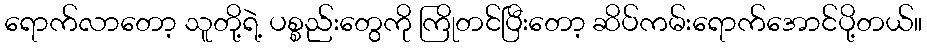
ရောက်လာတော့ သူတို့ရဲ့ ပစ္စည်းတွေကို ကြိုတင်ပြီးတော့ ဆိပ်ကမ်းရောက်အောင်ပို့တယ်။